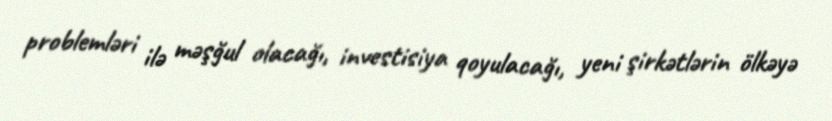
problemləri ilə məşğul olacağı, investisiya qoyulacağı, yeni şirkətlərin ölkəyə